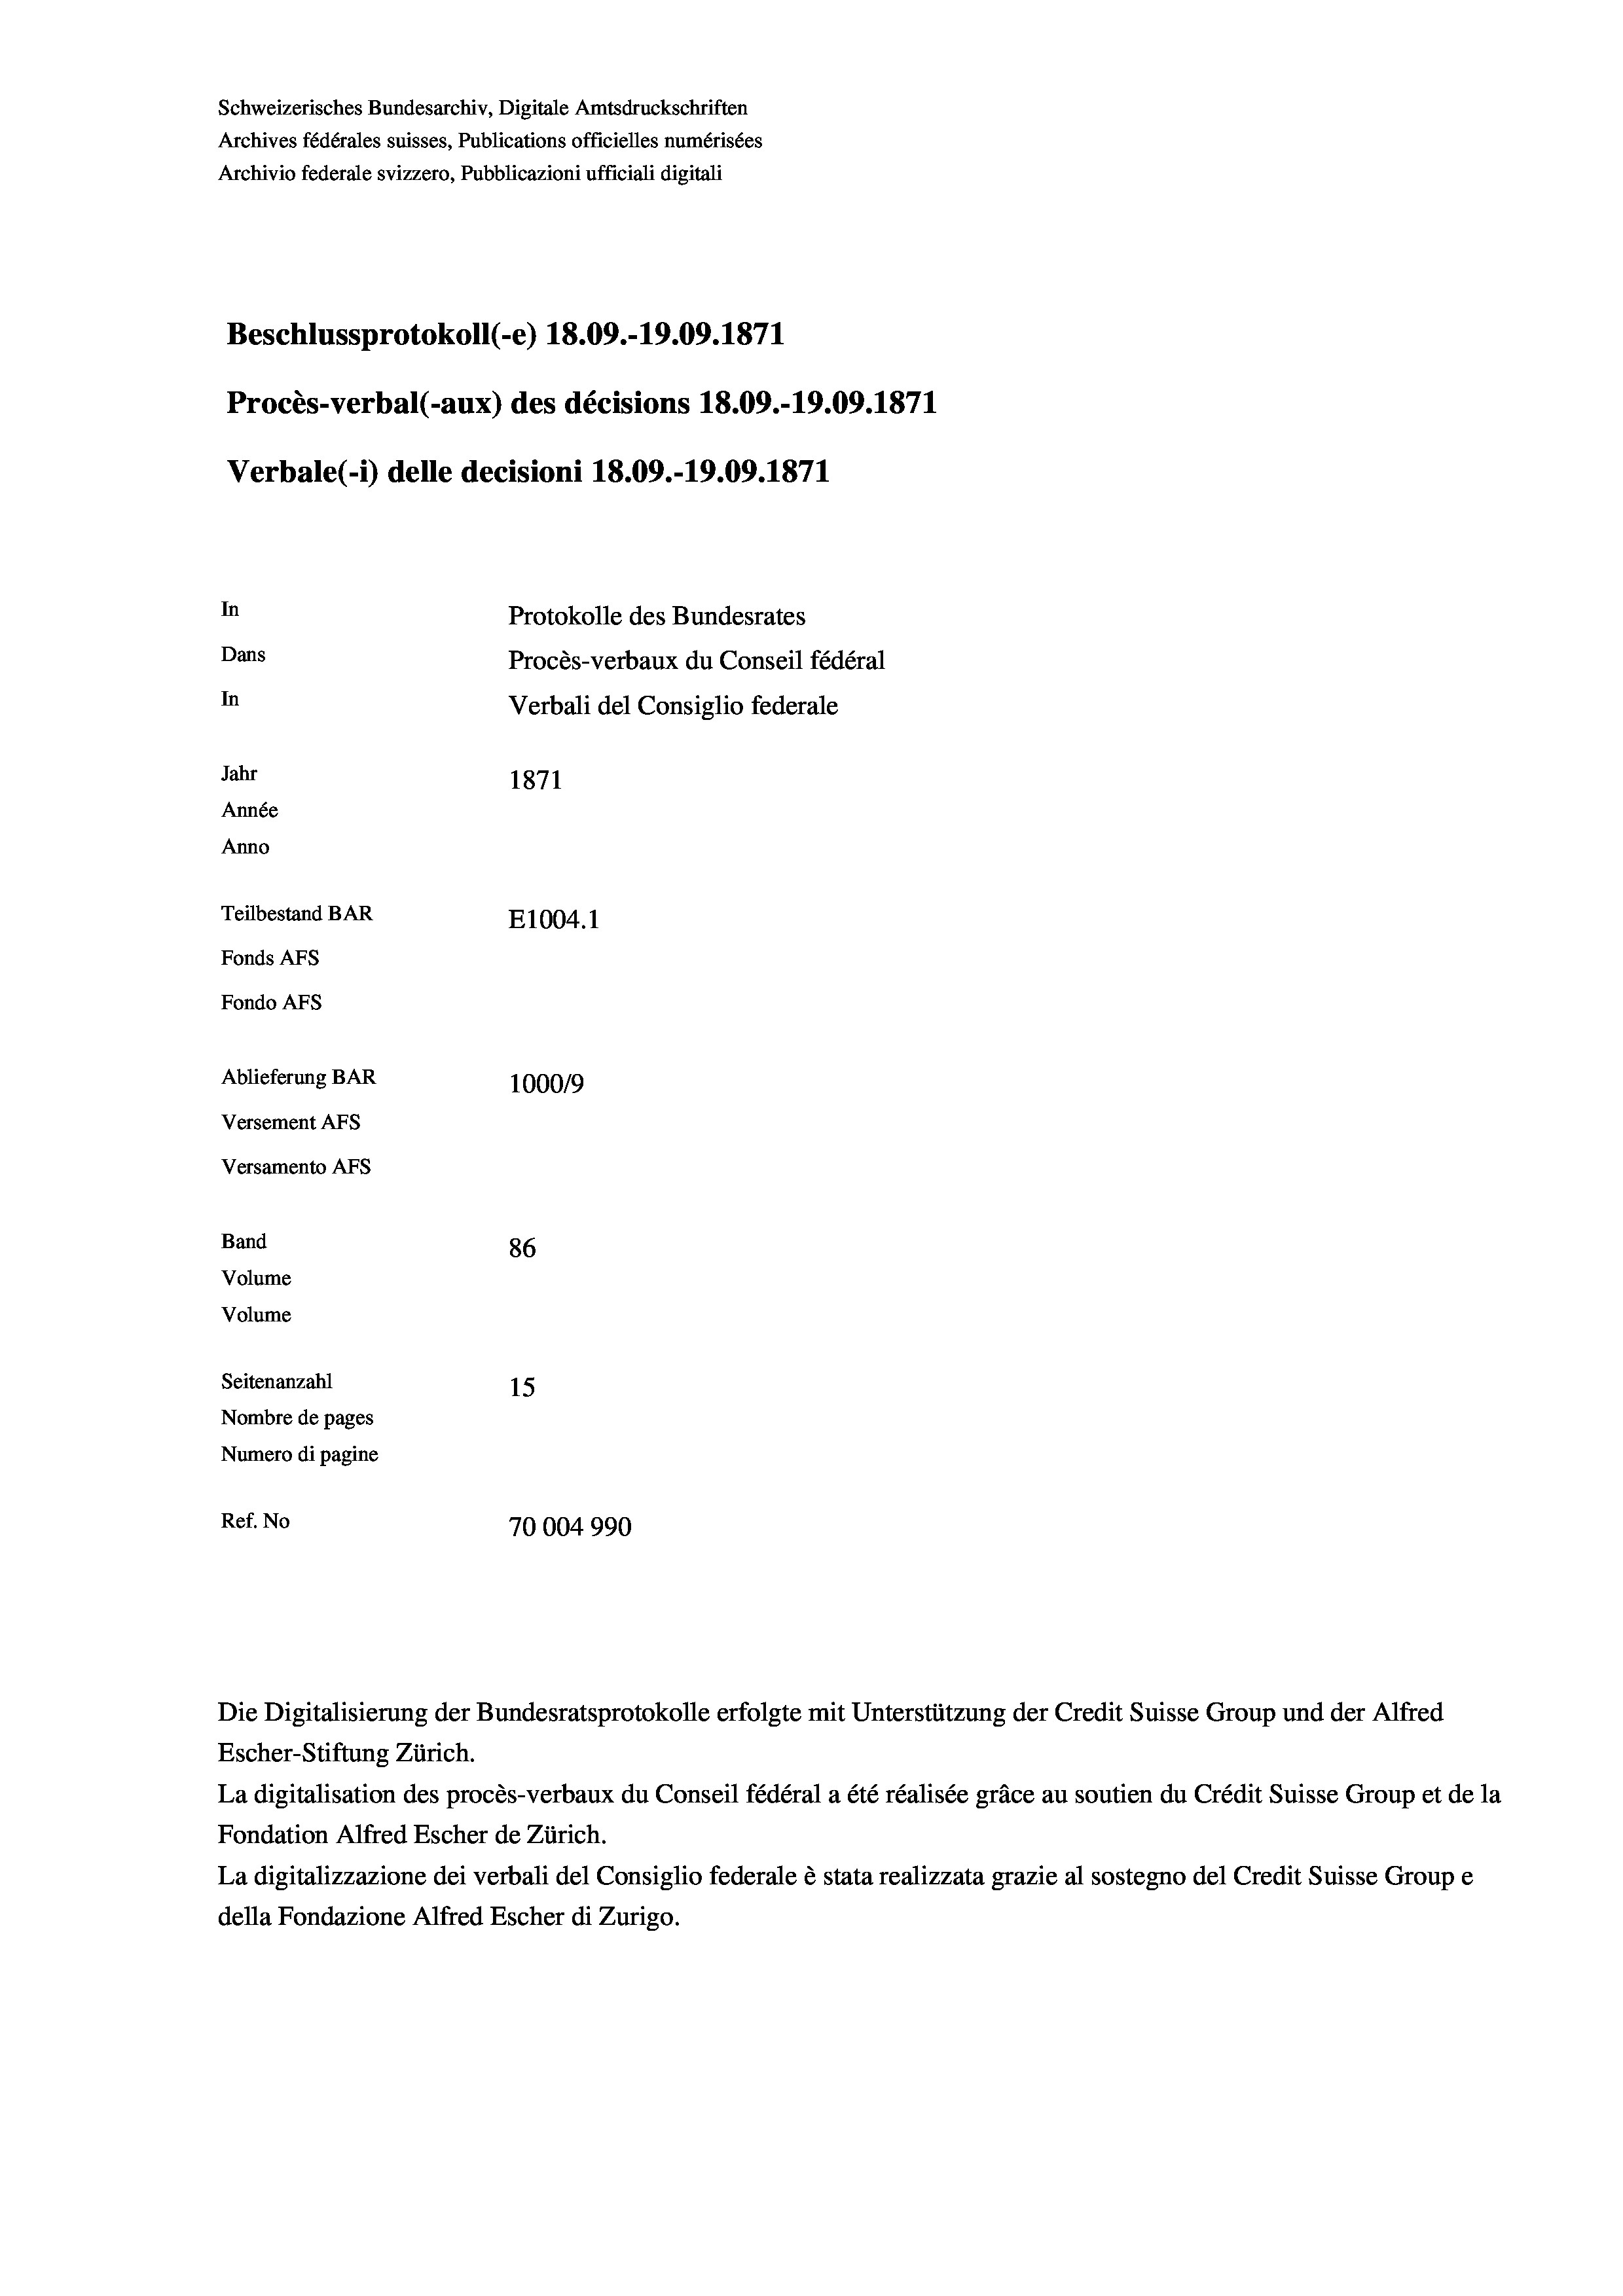
Schweizerisches Bundesarchiv, Digitale Amtsdruckschriften
Archives fédérales suisses, Publications officielles numérisées
Archivio federale svizzero, Pubblicazioni ufficiali digitali

In
Protokolle des Bundesrates
Dans
Procès-verbaux du Conseil fédéral
In
Verbali del Consiglio federale
Jahr
1871
Année
Anno
Teilbestand BAR
E1004.1
Fonds AFs
Fondo Afs
Ablieferung BAR
100019
Versement AFs

Procès-verbal (-aux) des décisions 18.09.-19.09. 1871
Verbale(*) delle decisioni 18.09.-19.09. 1871

Versamento AFs
Band
Volume
Volume

Beschlussprotokoll (-e) 18.09.-19.09. 1871

86
Seitenanzahl
15
Nombre de pages
Numero di pagine
Ref. No
70004990

Die Digitalisierung der Bundesratsprotokolle erfolgte mit Unterstützung der Credit Suisse Group und der Alfred
Escher-Stiftung Zürich.
La digitalisation des procès-verbaux du Conseil fédéral a été réalisée gräce au soutien du Crédit Suisse Group et de la
Fondation Alfred Escher de Zürich.
La digitalizzazione dei verbali del Consiglio federale è stata realizzata grazie al sostegno del Credit Suisse Groupe
della Fondazione Alfred Escher di Zurigo.